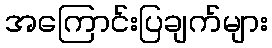
အကြောင်းပြချက်များ